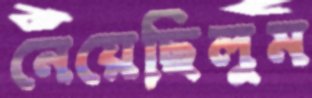
নেয়েছিলুম